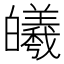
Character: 𪾅